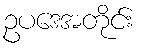
ဥပဒေအတိုင်း